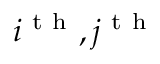
i ^ { \mathrm { ~ t ~ h ~ } } , j ^ { \mathrm { ~ t ~ h ~ } }